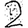
Digit: 2